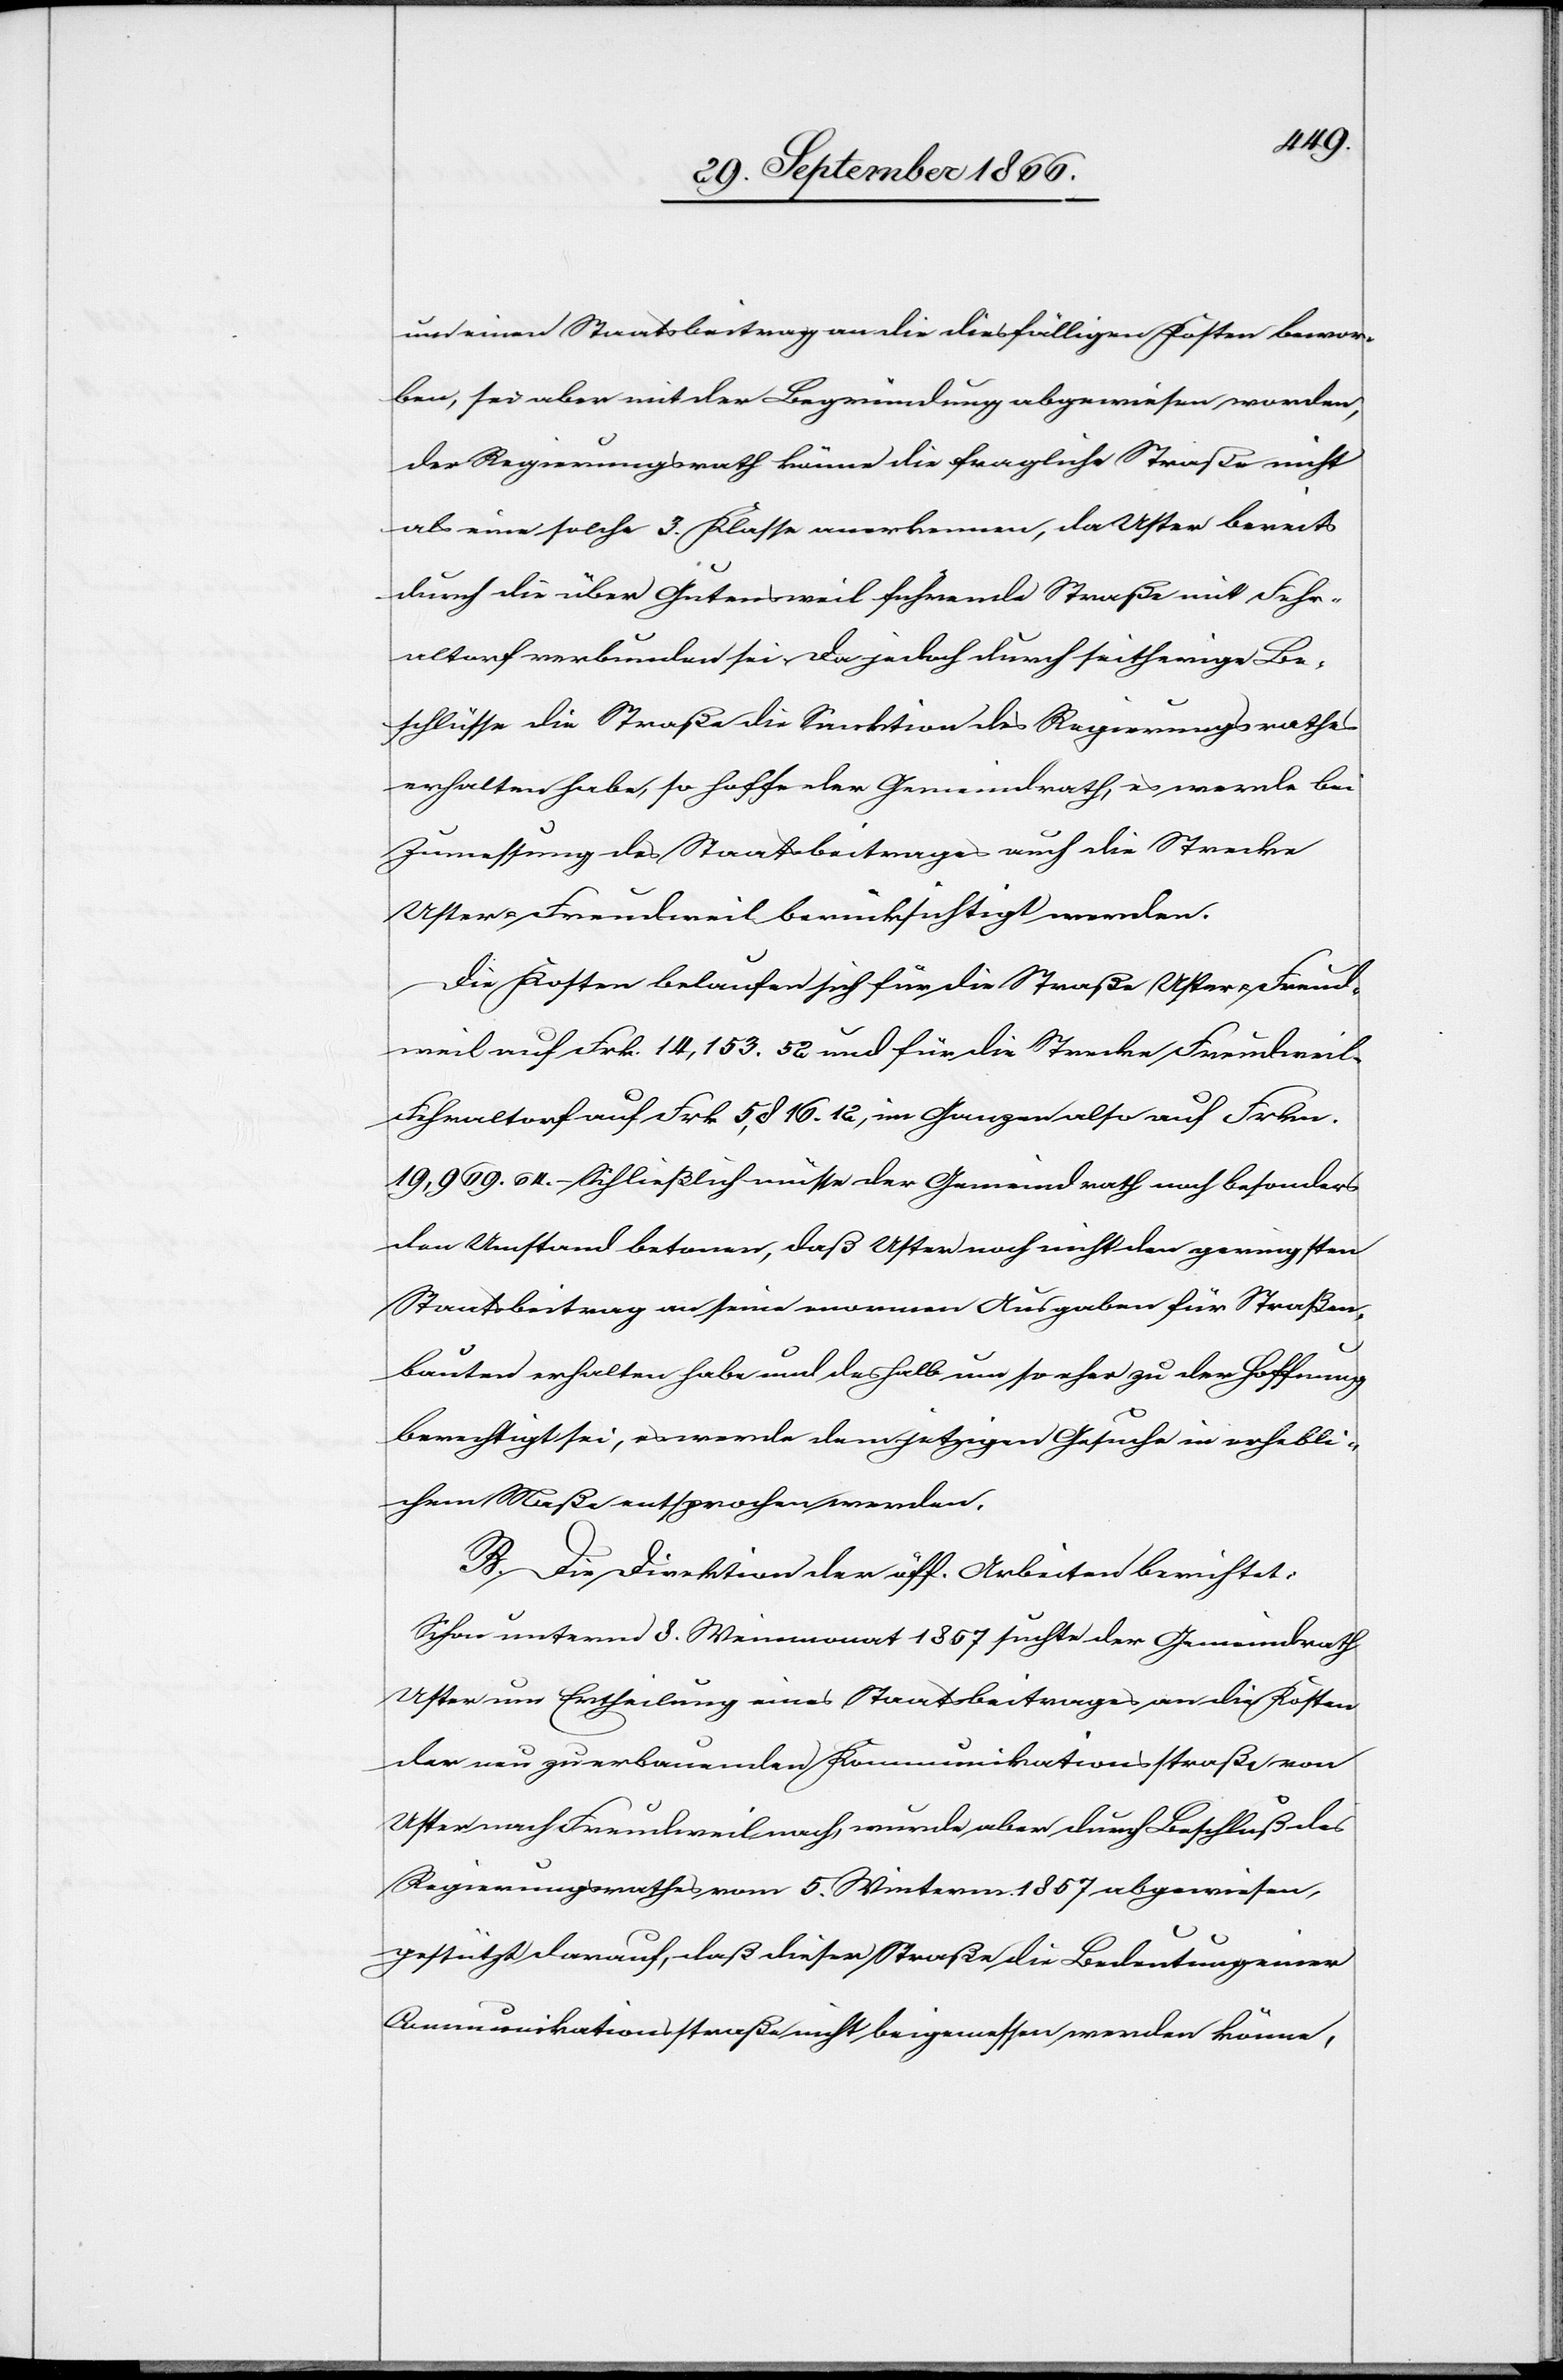
um einen Staatsbeitrag an die diesfälligen Kosten bewor¬
ben, sei aber mit der Begründung abgewiesen worden,
der Regierungsrath könne die fragliche Straße nicht
als eine solche 3. Klasse anerkennen, da Uster bereits
durch die über Gutentschweil führende Straße mit Fehr¬
altorf verbunden sei. Da jedoch durch seitherige Be¬
schlüsse die Straße die Sanktion des Regierungsrathes
erhalten habe, so hoffe der Gemeindrath, es werde bei
Zumessung des Staatsbeitrages auch die Strecke
Uster-Freudweil berücksichtigt werden.
Die Kosten belaufen sich für die Straße Uster-Freud¬
weil auf Frk. 14 153.52 und für die Strecke Freudweil-F¬
ehraltorf auf Frk. 5 816.12, im Ganzen also auf Frkn.
19 969.64. – Schließlich müsse der Gemeindrath noch besonders
den Umstand betonen, daß Uster noch nicht den geringsten
Staatsbeitrag an seine enormen Ausgaben für Straßen¬
bauten erhalten habe und deshalb um so eher zu der Hoffnung
berechtigt sei, es werde dem jetzigen Gesuche in erhebli¬
chem Maße entsprochen werden.
B. Die Direktion der öff. Arbeiten berichtet:
Schon unterm 8. Weinmonat 1857 suchte der Gemeindrath
Uster um Ertheilung eines Staatsbeitrages an die Kosten
der neu zu erbauenden Kommunikationsstraße von
Uster nach Freudweil nach, wurde aber durch Beschluß des
Regierungsrathes vom 5. Winterm. 1857 abgewiesen,
gestützt darauf, daß dieser Straße die Bedeutung einer
Communikationsstraße nicht beigemessen werden könne,